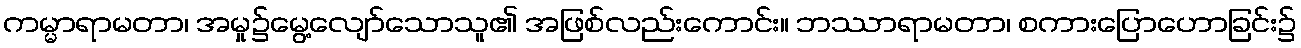
ကမ္မာရာမတာ၊ အမှု၌မွေ့လျော်သောသူ၏ အဖြစ်လည်းကောင်း။ ဘဿာရာမတာ၊ စကားပြောဟောခြင်း၌